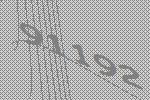
91192